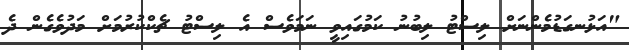
"އަޅުނގަޑުމެންނަށް ލިސްޓު ލިބުނު ކަމުގައިވީ ނަމަވެސް އެ ލިސްޓު ޗެކްކުރުމަށް މަދުވެގެން ދެ